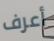
أعرف